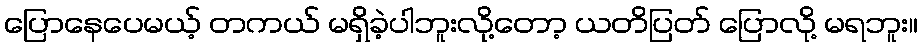
ပြောနေပေမယ့် တကယ် မရှိခဲ့ပါဘူးလို့တော့ ယတိပြတ် ပြောလို့ မရဘူး။